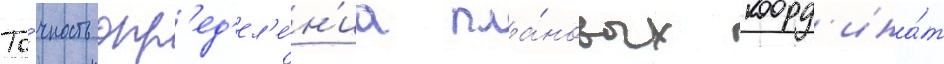
То́чность опр'ед'ел'е́н'иа пла́новых коорд'ина́т